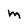
Character: m